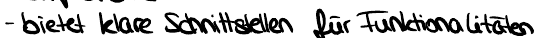
- bietet klare Schnittstellen für Funktionalitäten